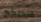
شركتكم